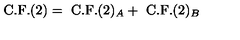
\mathrm { C . F . } ( 2 ) = \ \mathrm { C . F . } ( 2 ) _ { A } + \ \mathrm { C . F . } ( 2 ) _ { B }